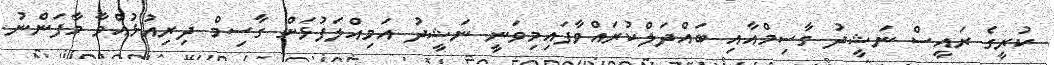
ކުރީގެ ރައީސް ނަޝީދު ގާސިމްއާއި ބައްދަލްކުރައްވާފައިމިވަނީ ނަޝީދު އަމިއްލަފުޅަށް ގާސިމް ދިރިއުޅުއްވާ މާފަންނު